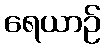
ရေယာဉ်